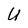
Character: U